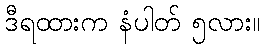
ဒီရထားက နံပါတ် ၅လား။